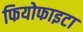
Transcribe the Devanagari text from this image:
फियोफाइटा